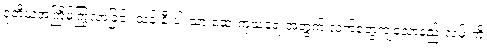
ဒုတိယအကြိမ်ကြွလာခြင်း သန်းနီးပါးသာ ဆေးကုသရေးအတွက် လက်တွေ့ကျသောနည်းလမ်းကို